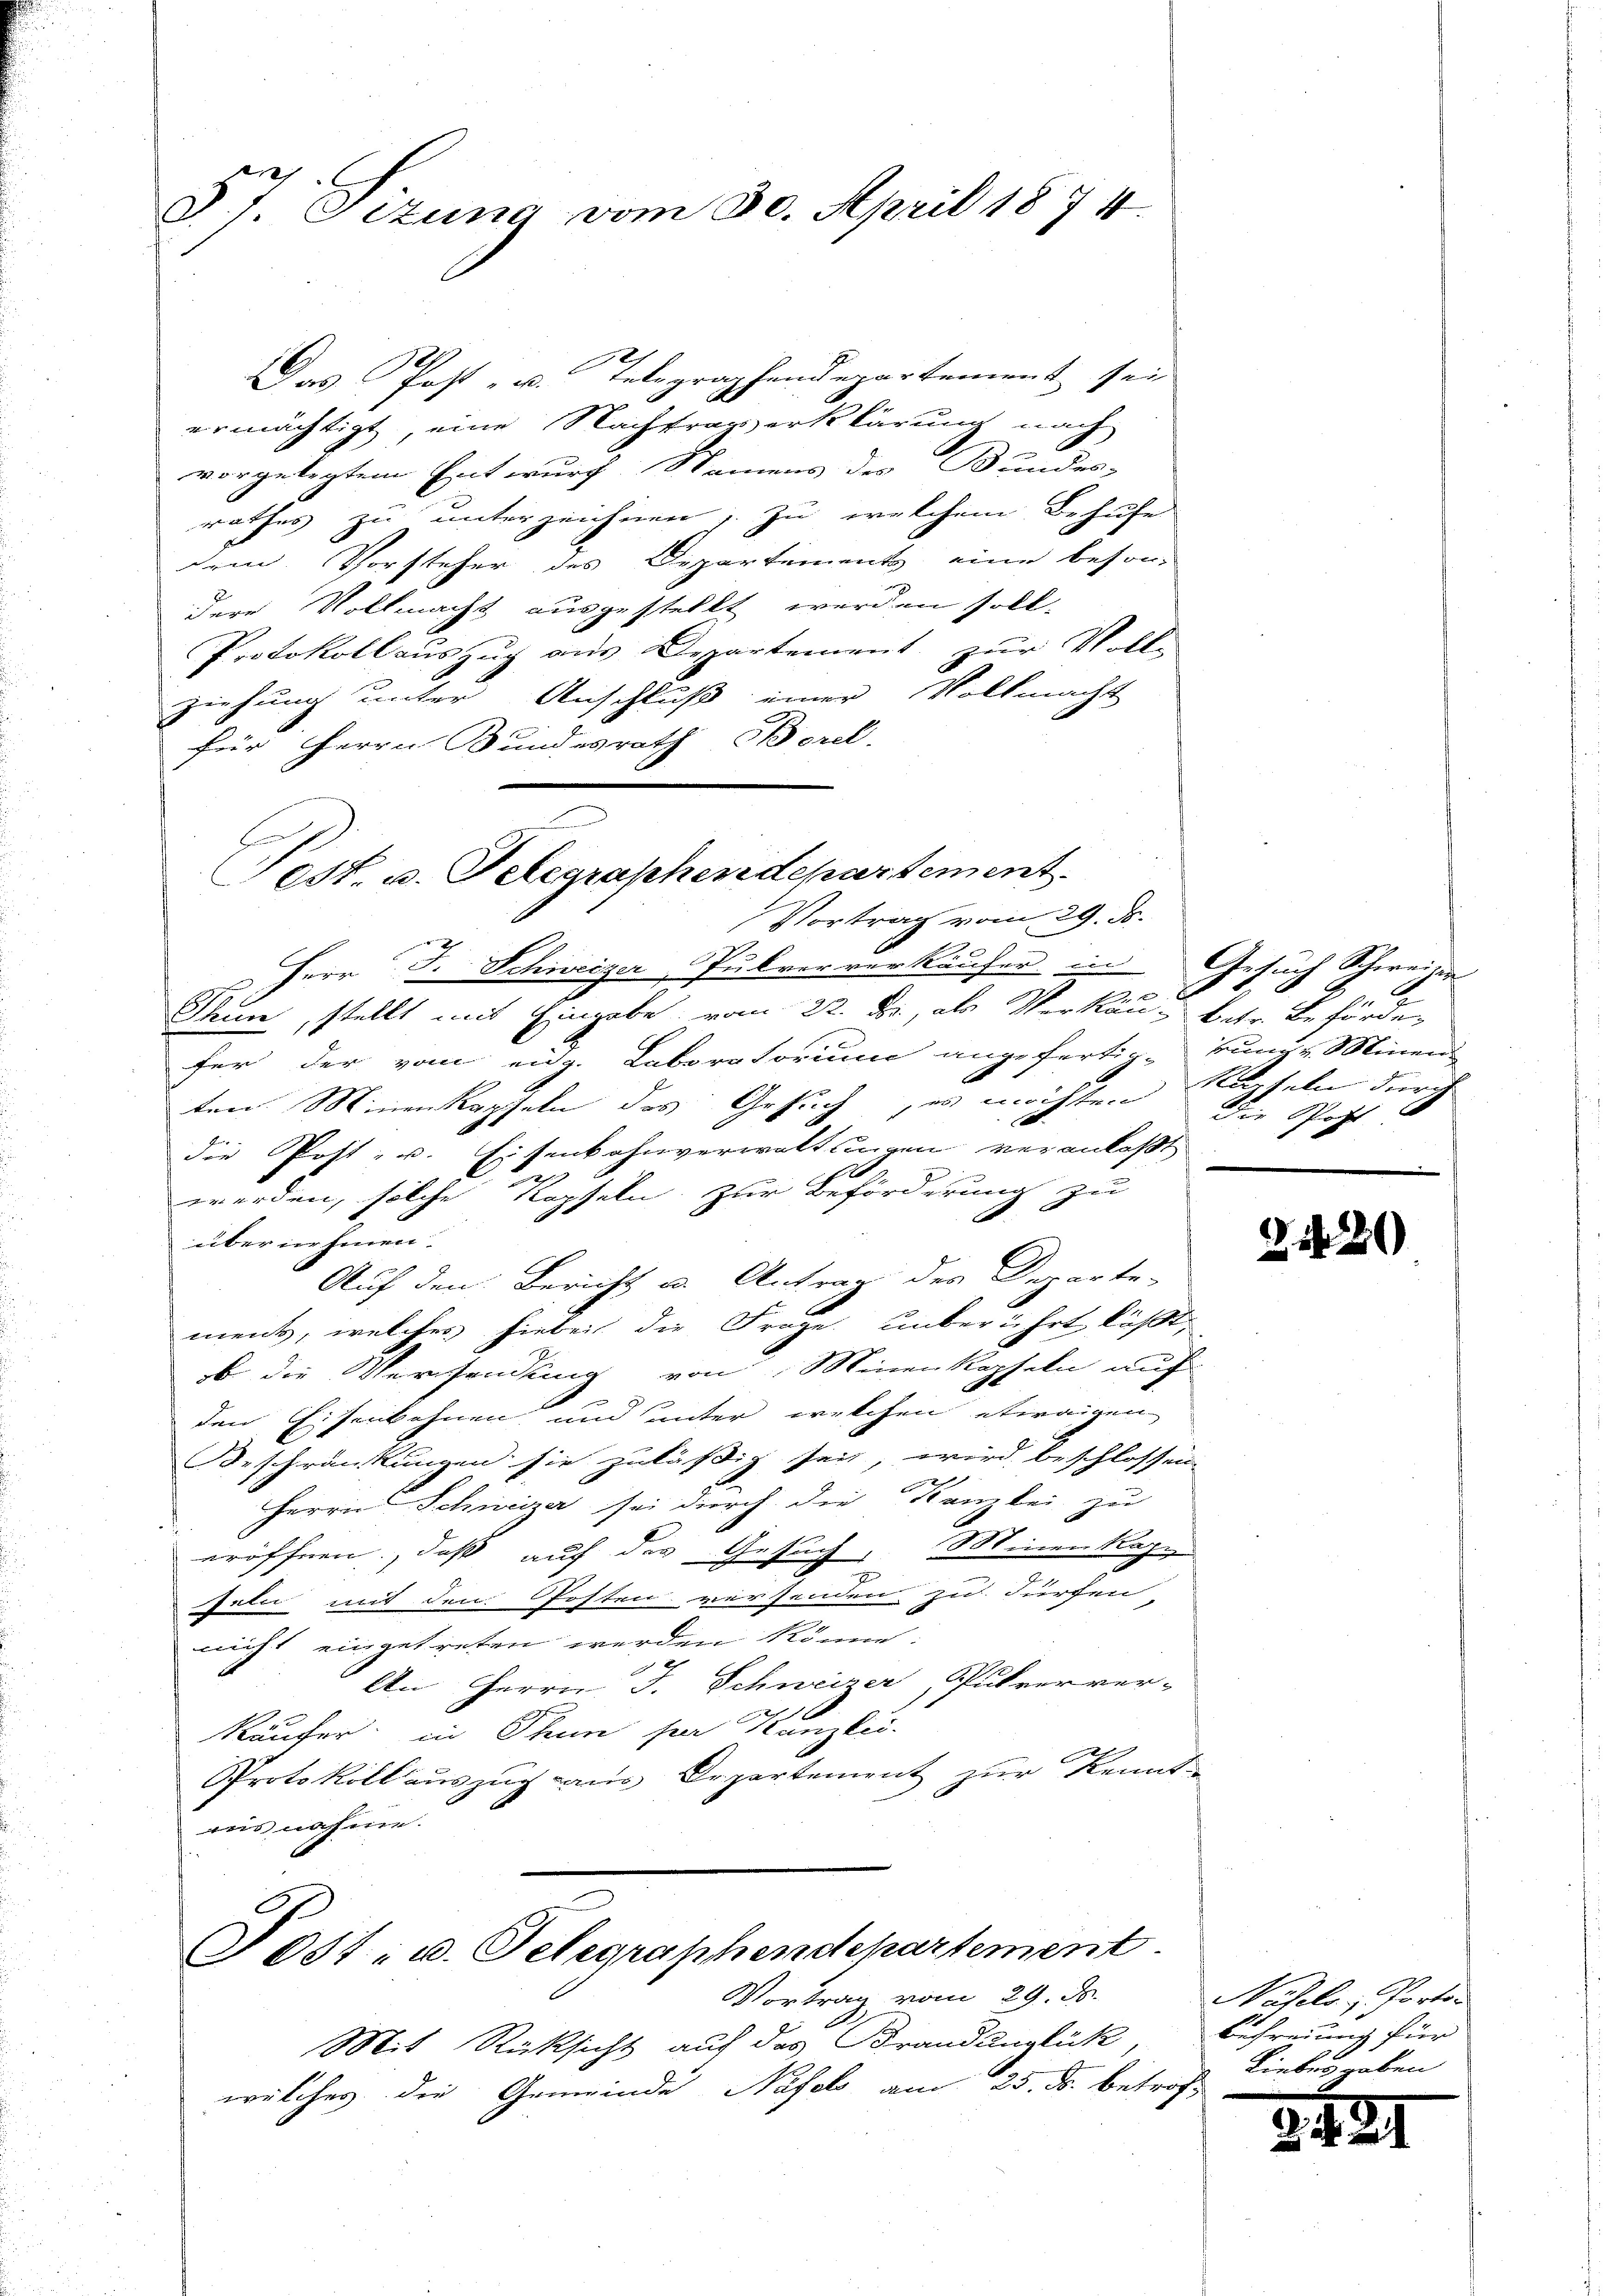
§ 7. Sizung vom 30. April 1874

Das Post- u. Telegraphendepartement sei
ermächtigt, eine Nachtrag erklärung nach
vorgelegtem Entwurf, Namens des Bundes-
rathes zu unterzeichnen; zu welchem Behufe
dem. Vorsteher des Departements eine beson-
dere Vollmacht ausgestellt werden soll.
Protokoll auszug aus Departement zur Volke
ziehung unter Anschluß einer Vollmacht
für Herrn Bundesrath Borel.
7
Herr J. Schweizer, Pulververkäufer in Gesuch Schweizer
Thun, stellt mit Eingabe vom 22. J., als Verkäu- kehr Behörde
fer der vom eidg. Laboratorium angeferti- kunde Minent
ten Minenkapseln des Gesuch, es möchten
die Post- u. Eisenbahnverwaltungen veranlaßt

.
werden, solche Kopfeln zur Beförderung zu
E
übernehmen.
Auf den Bericht u. Antrag des Departe-
ments, welches hiebei die Frage unberührt läßt,
b die Versendung von Minenkopfeln auf
den Eiserkohnen und unter welchen etwaigen
Beschränkungen sie zuläßig sei, wird beschlossen
Herrn Schweizer sei durch die Kanzlei zu
eröffnen, daß auf der Gesuch, Minenkapi
feln mit den Posten versenden Jul. Fürchen
nicht eingetreten werden könne.
An Herrn J. Schweizer, Pulverver-
Käufer in Thun per Kanzlei-
Protokollsauszug aus Departement zur Kenntmir nahme.

E

Post. u. Telegrapheredepartement
Vortrag vom 29. ds.

Post- u. Telegraphendepartement.
Vortrag vom 29. ds.

Mit Rücksicht auf das Brandunglück,
welches die Gemeinde Nafel am 25. ds. betrof¬

Kapseln durch
die Post

N 226)

Nahle, Porten
Befreiung für
Liebes gaben

g